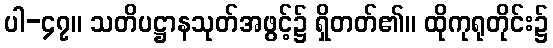
ပါ-၄၇။ သတိပဋ္ဌာနသုတ်အဖွင့်၌ ရှိတတ်၏။ ထိုကုရုတိုင်း၌